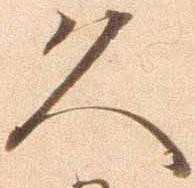
久